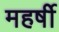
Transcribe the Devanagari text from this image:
महर्षी